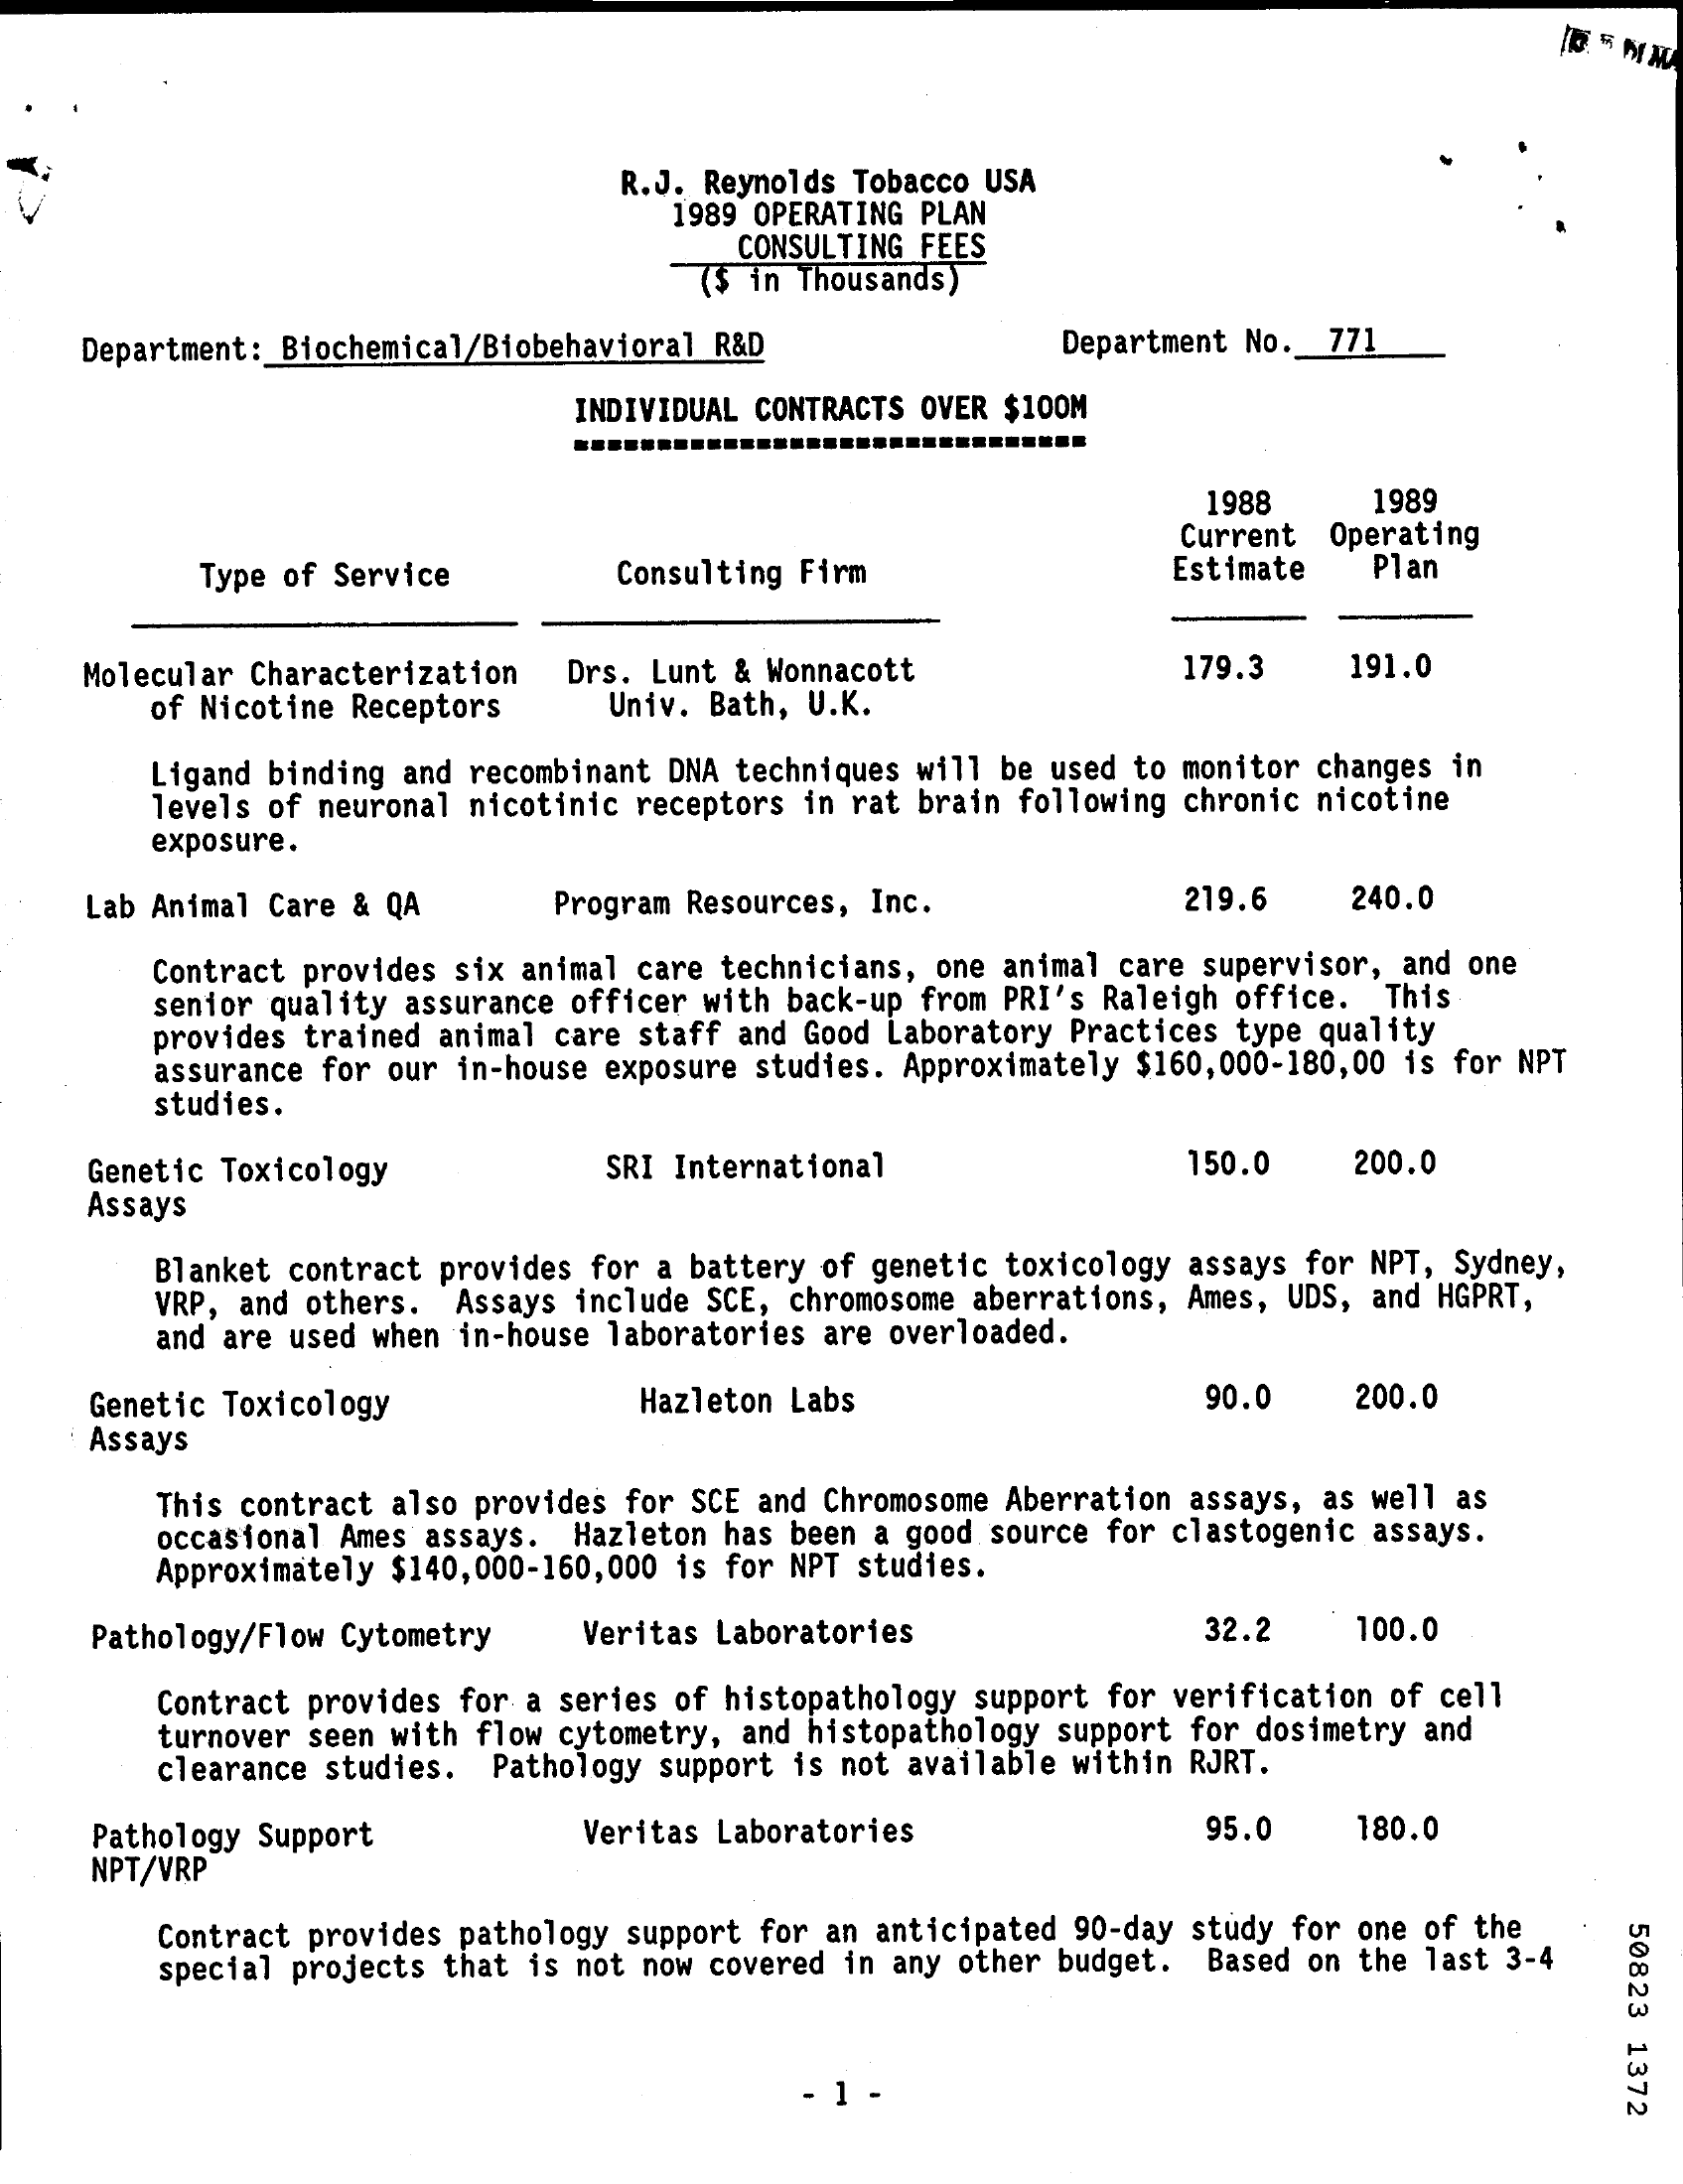
R.J. Reynolds Tobacco USA
     1989 OPERATING PLAN
     CONSULTING FEES
     ($ in Thousands)
     Department : Biochemical/Biobehavioral R&D    Department No. 771
     INDIVIDUAL CONTRACTS OVER $100M
     1988    1989
     Current Operating
     Type of Service    Consulting Firm    Estimate   Plan
     Molecular Characterization Drs. Lunt & Wonnacott    179.3    191.0
     of Nicotine Receptors   Univ. Bath, U.K.
     Ligand binding and recombinant DNA techniques will be used to monitor changes in
     levels of neuronal nicotinic receptors in rat brain following chronic nicotine
     exposure.
     Lab Animal Care & QA    Program Resources, Inc.    219.6    240.0
     Contract provides six animal care technicians, one animal care supervisor, and one
     senior quality assurance officer with back-up from PRI's Raleigh office. This
     provides trained animal care staff and Good Laboratory Practices type quality
     studies.
     assurance for our in-house exposure studies. Approximately $160,000-180,00 is for NPT
     Genetic Toxicology    SRI International    150.0    200.0
     Assays
     Blanket contract provides for a battery of genetic toxicology assays for NPT, Sydney,
     VRP, and others. Assays include SCE, chromosome aberrations, Ames, UDS, and HGPRT,
     and are used when in-house laboratories are overloaded.
     Genetic Toxicology    Hazleton Labs    90.0    200.0
     Assays
     This contract also provides for SCE and Chromosome Aberration assays, as well as
     occasional Ames assays. Hazleton has been a good source for clastogenic assays.
     Approximately $140,000-160,000 is for NPT studies.
     Pathology/Flow Cytometry  Veritas Laboratories    32.2    100.0
     Contract provides for a series of histopathology support for verification of cell
     turnover seen with flow cytometry, and histopathology support for dosimetry and
     clearance studies. Pathology support is not available within RJRT.
     Pathology Support    Veritas Laboratories    95.0    180.0
     NPT/VRP
     Contract provides pathology support for an anticipated 90-day study for one of the
     50823
     1372
     special projects that is not now covered in any other budget. Based on the last 3-4
     - 1 -